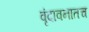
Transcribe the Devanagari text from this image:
वृंदावनातच